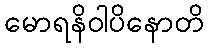
မောရနိဝါပိနောတိ